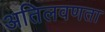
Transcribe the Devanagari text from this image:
अतिलवणता